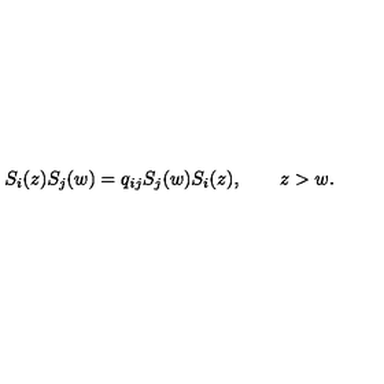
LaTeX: S _ { i } ( z ) S _ { j } ( w ) = q _ { i j } S _ { j } ( w ) S _ { i } ( z ) , \qquad z > w .